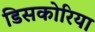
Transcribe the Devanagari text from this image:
डिसकोरिया